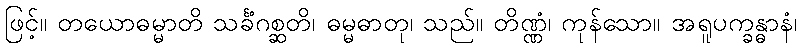
ဖြင့်။ တယောဓမ္မာတိ သင်္ခံဂစ္ဆတိ၊ ဓမ္မဓာတု၊ သည်။ တိဏ္ဏံ၊ ကုန်သော။ အရူပက္ခန္ဓာနံ၊